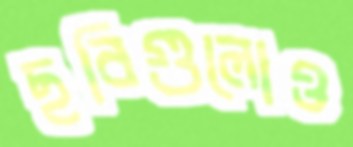
ছবিগুলোও